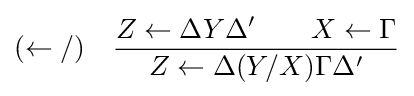
(\leftarrow /)\quad {Z\leftarrow \Delta Y\Delta '\qquad X\leftarrow \Gamma  \over Z\leftarrow \Delta (Y/X)\Gamma \Delta '}